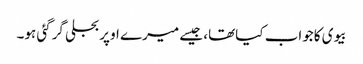
بیوی کاجواب کیاتھا، جیسے میرے اوپربجلی گرگئی ہو۔